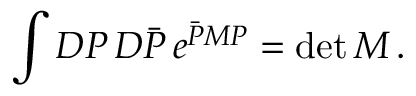
\int { \cal D } P \, { \cal D } \bar { P } \, e ^ { \bar { P } M P } = \operatorname* { d e t } M \, .